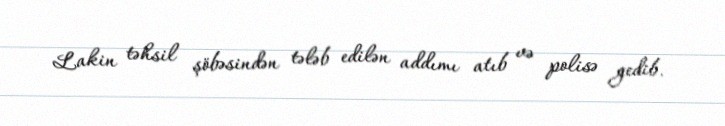
Lakin təhsil şöbəsindən tələb edilən addımı atıb və polisə gedib.